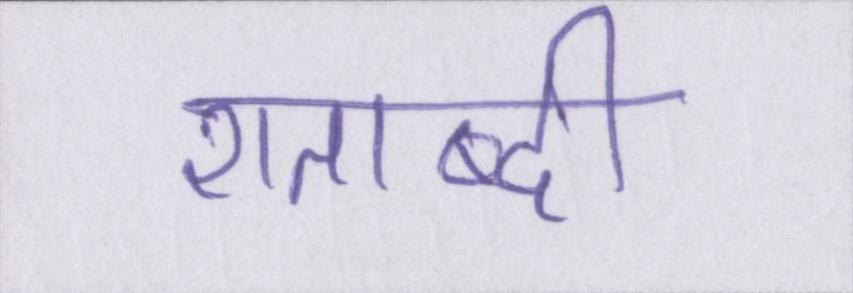
शताब्दी